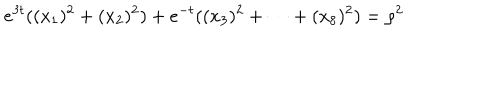
e ^ { 3 t } ( ( x _ { 1 } ) ^ { 2 } + ( x _ { 2 } ) ^ { 2 } ) + e ^ { - t } ( ( x _ { 3 } ) ^ { 2 } + \cdots + ( x _ { 8 } ) ^ { 2 } ) = \rho ^ { 2 }